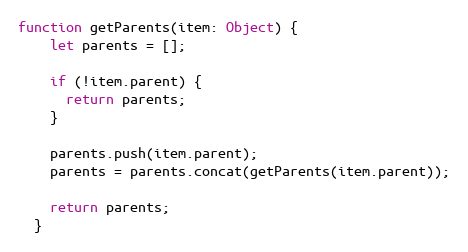
Language: JavaScript
function getParents(item: Object) {
    let parents = [];

    if (!item.parent) {
      return parents;
    }

    parents.push(item.parent);
    parents = parents.concat(getParents(item.parent));

    return parents;
  }